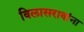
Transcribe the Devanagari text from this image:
विलासरावांना